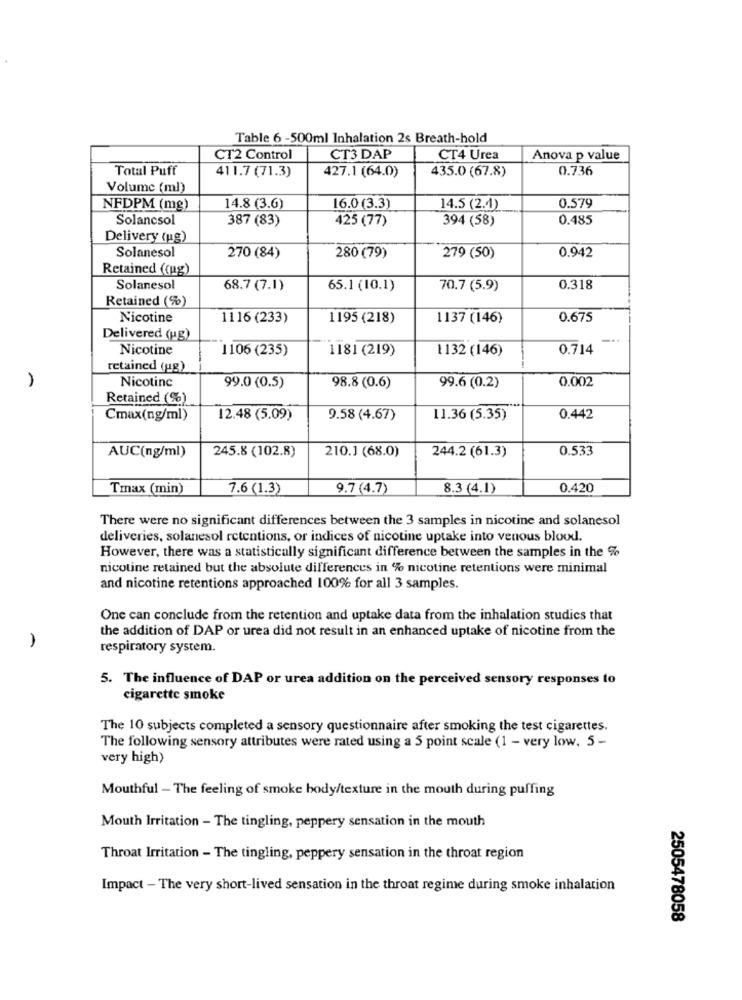
Table 6 -500ml Inhalation 2s Breath-hold
CT2 Control
CT3 DAP
CT4 Urea
Anova p value
Total Puff
427.1 (64.0)
435.0 (67.8)
0.736
411.7 (71.3)
Volume (ml)
NFDPM (mg)
14.8 (3.6)
16.0 (3.3)
14.5 (2.4)
0.579
Solancsol
387 (83)
425 (77)
394 (58)
0.485
Delivery (ug)
Solanesol
0.942
270 (84)
280 (79)
279 (50)
Retained ((ug)
Solanesol
68.7 (7.1)
65.1 (10.1)
70.7 (5.9)
0.318
Retained (%)
Nicotine
1116 (233)
1195 (218)
1137 (146)
0.675
Delivered (ug)
-..
Nicotine
1106 (235)
1181 (219)
1132 (146)
0.714
retained (ug)
Nicotine
0.002
99.0 (0.5)
98.8 (0.6)
99.6 (0.2)
Retained (%)
Cmax(ng/ml)
12.48 (5.09)
9.58 (4.67)
11.36 (5.35)
0.442
AUC(ng/ml)
245.8 (102.8)
210.1 (68.0)
0.533
244.2 (61.3)
Tmax (min)
7.6 (1.3)
9.7 (4.7)
8.3 (4.1)
0.420
There were no significant differences between the 3 samples in nicotine and solanesol
deliveries, solanesol retentions, or indices of nicotine uptake into venous blood.
However, there was a statistically significant difference between the samples in the %
nicotine retained but the absolute differences in % nicotine retentions were minimal
and nicotine retentions approached 100% for all 3 samples.
One can conclude from the retention and uptake data from the inhalation studies that
the addition of DAP or urea did not result in an enhanced uptake of nicotine from the
respiratory system.
5. The influence of DAP or urea addition on the perceived sensory responses to
cigarette smoke
The 10 subjects completed a sensory questionnaire after smoking the test cigarettes.
The following sensory attributes were rated using a 5 point scale (1 - very low, 5 -
very high)
Mouthful - The feeling of smoke body/texture in the mouth during puffing
Mouth Irritation - The tingling, peppery sensation in the mouth
Throat Irritation - The tingling, peppery sensation in the throat region
Impact - The very short-lived sensation in the throat regime during smoke inhalation
2505478058